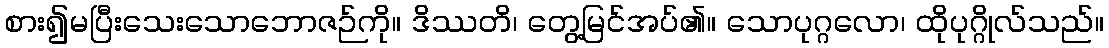
စား၍မပြီးသေးသောဘောဇဉ်ကို။ ဒိဿတိ၊ တွေ့မြင်အပ်၏။ သောပုဂ္ဂလော၊ ထိုပုဂ္ဂိုလ်သည်။